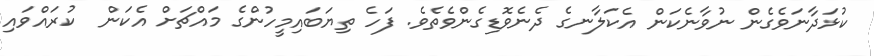
ކުޅަދާނަވެގެން ނުވާނެކަން އެކަލާނގެ ދެނެވޮޑިގެންވެތެވެ. ފަހެ ތިޔަބައިމީހުންގެ މައްޗަށް އެކަން  ކުރައްވައި